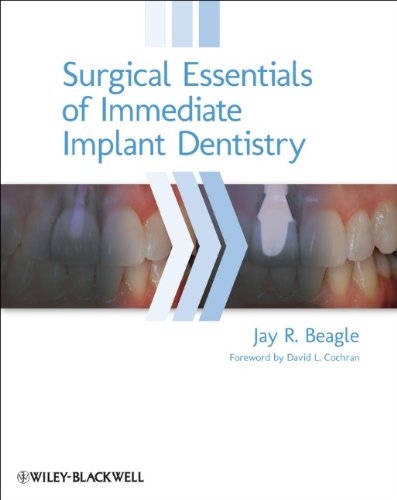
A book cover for Surgical Essentials of Immediate Implant Dentistry; Jay R. Beagle; Medical Books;